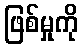
ဖြစ်မှုကို